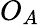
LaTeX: O_{A}